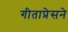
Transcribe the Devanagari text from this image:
गीताप्रेसने